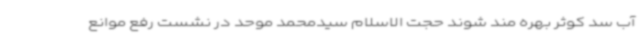
آب سد کوثر بهره‌ مند شوند حجت الاسلام سیدمحمد موحد در نشست رفع موانع